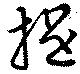
提